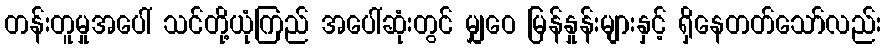
တန်းတူမှုအပေါ် သင်တို့ယုံကြည် အပေါ်ဆုံးတွင် မျှဝေ မြန်နှုန်းများနှင့် ရှိနေတတ်သော်လည်း